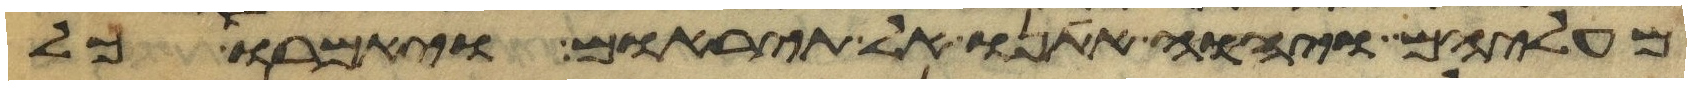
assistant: מעליהם ויהוה אתנו אל תיראום ויאמרו כל